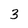
Character: 3